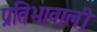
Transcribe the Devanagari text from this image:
प्रतिभावाली